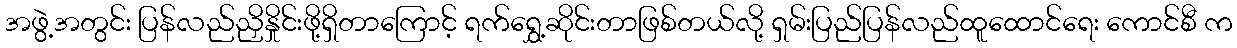
အဖွဲ့အတွင်း ပြန်လည်ညှိနှိုင်းဖို့ရှိတာကြောင့် ရက်ရွှေ့ဆိုင်းတာဖြစ်တယ်လို့ ရှမ်းပြည်ပြန်လည်ထူထောင်ရေး ကောင်စီ က